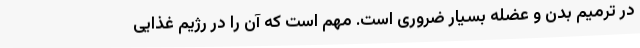
در ترمیم بدن و عضله بسیار ضروری است. مهم است که آن را در رژیم غذایی